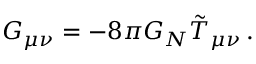
G _ { \mu \nu } = - 8 \pi G _ { N } \tilde { T } _ { \mu \nu } \, .